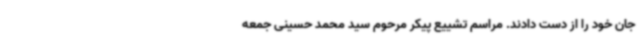
جان خود را از دست دادند. مراسم تشییع پیکر مرحوم سید محمد حسینی جمعه